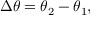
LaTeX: \Delta \theta = \theta _ { 2 } - \theta _ { 1 } ,